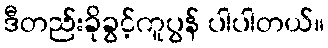
ဒီတည်းခိုခွင့်ကူပွန် ပါပါတယ်။